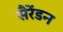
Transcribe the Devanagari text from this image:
सैरेंडन